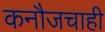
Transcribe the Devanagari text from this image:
कनौजचाही